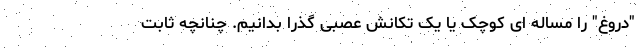
"دروغ" را مساله ای کوچک یا یک تکانش عصبی گذرا بدانیم. چنانچه ثابت